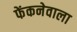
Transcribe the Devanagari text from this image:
फेंकनेवाला